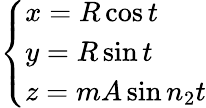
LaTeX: \left\{ \begin{array}{l}{x=R\cos t}\\ {y=R\sin t}\\ {z=mA\sin n_{2}t}\end{array}\right.